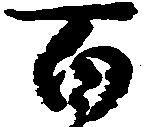
百